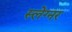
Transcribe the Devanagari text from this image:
स्लेग्नर